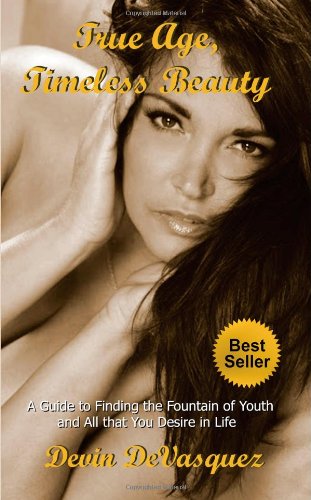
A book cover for True Age, Timeless Beauty: A Guide to Finding the Fountain of Youth and All that You Desire in Life; Devin DeVasquez; Self-Help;